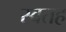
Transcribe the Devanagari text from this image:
स्वतह